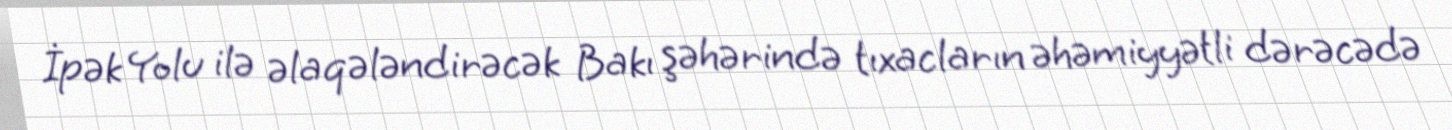
İpək Yolu ilə əlaqələndirəcək Bakı şəhərində tıxacların əhəmiyyətli dərəcədə